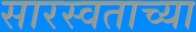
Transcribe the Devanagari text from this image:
सारस्वताच्या